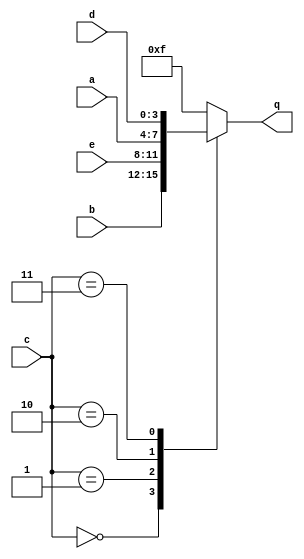
module top_module (
    input [3:0] a,
    input [3:0] b,
    input [3:0] c,
    input [3:0] d,
    input [3:0] e,
    output [3:0] q );
    
    always @ (*) begin
        case(c)
            0: q = b;
            1: q = e;
            2: q = a;
            3: q = d;
            default: q = 15;
        endcase
    end

endmodule